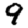
Digit: 9